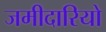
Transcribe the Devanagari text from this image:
जमीदारियो